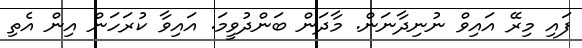
ފައި މިރޭ އައިވް ނުނިދާނަން. މާދަން ބަންދުވީމަ. އައިވާ ކުރަހަން އިން އެތި